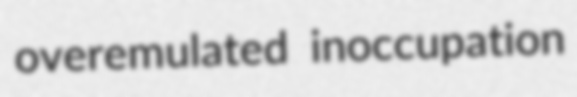
overemulated inoccupation